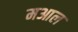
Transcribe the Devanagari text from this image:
मआल